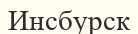
Инсбурск